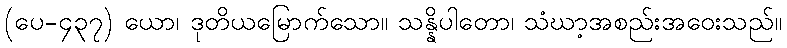
(ပေ-၄၃၇) ယော၊ ဒုတိယမြောက်သော။ သန္နိပါတော၊ သံဃာ့အစည်းအဝေးသည်။